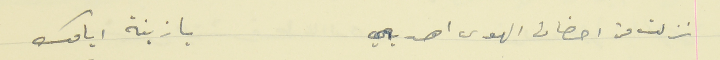
نزلت من احضان الهوى اهربي                                      يا زينة  ايامك